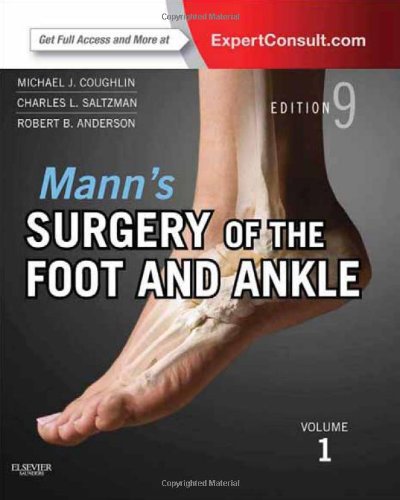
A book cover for Mann's Surgery of the Foot and Ankle, 2-Volume Set: Expert Consult: Online and Print, 9e (Coughlin, Surgery of the Foot and Ankle 2v Set); Michael J. Coughlin MD; Medical Books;